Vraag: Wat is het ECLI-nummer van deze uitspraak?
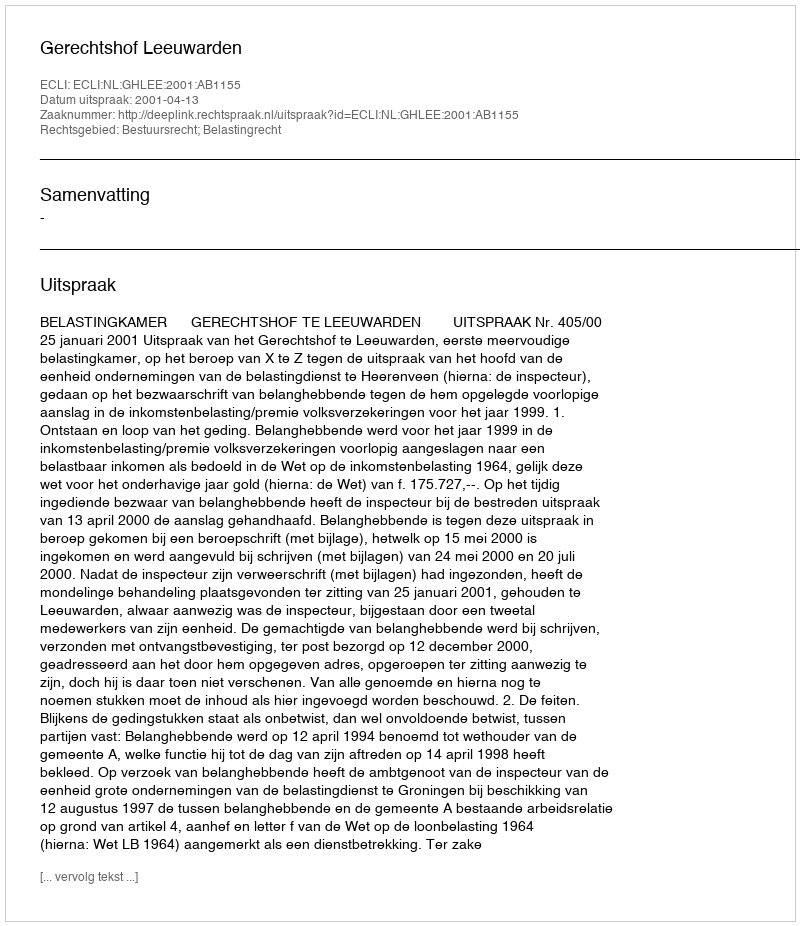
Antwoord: ECLI:NL:GHLEE:2001:AB1155